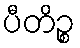
ပီတိဉ္စ